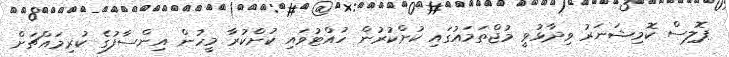
ޕޮލިސް ކޮމިޝަނަރު ވިދާޅުވީ މުޖްތަމައުގައި ކުށްކުރުން ހުއްޓުވައި ކުށްކުރާ މީހުން އިންސާފުގެ ކުރިމައްޗަށް